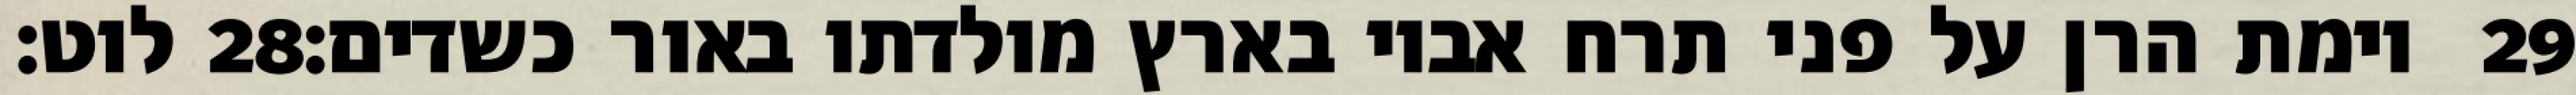
לוט׃ ‎28‏ וימת הרן על פני תרח אביו בארץ מולדתו באור כשדים׃ ‎29‏